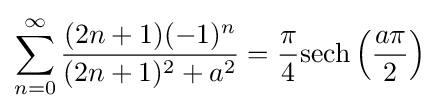
\sum _{n=0}^{\infty }{\frac {(2n+1)(-1)^{n}}{(2n+1)^{2}+a^{2}}}={\frac {\pi }{4}}{\text{sech}}\left({\frac {a\pi }{2}}\right)